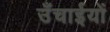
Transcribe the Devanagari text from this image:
उँचाईयों